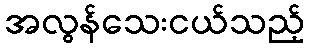
အလွန်သေးငယ်သည့်